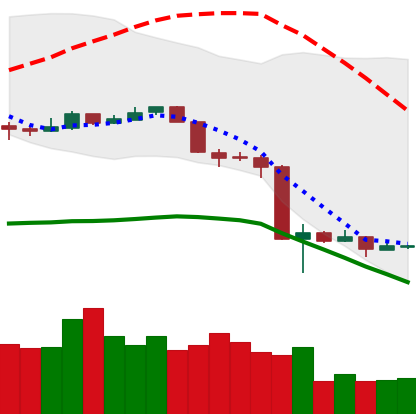
Ticker: NEO-USD
Chart end date: 2020-03-18
Forward return: 19.011%
Label: up_7plus